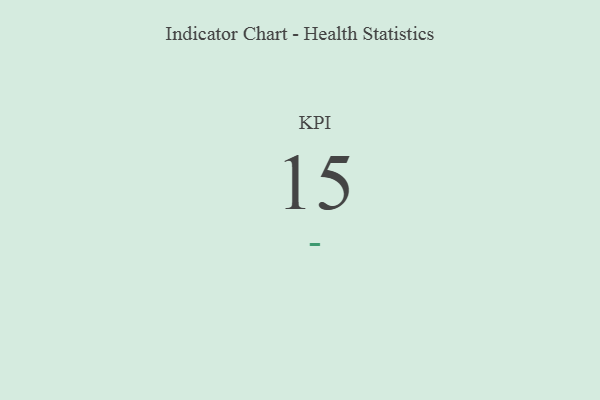
{"axis": {"x": "KPI", "y": "Value"}, "legend": [""], "data": [{"x": "KPI", "y": 15, "type": ""}]}